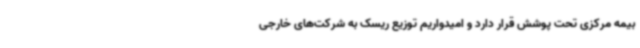
بیمه مرکزی تحت پوشش قرار دارد و امیدواریم توزیع ریسک به شرکت‌های خارجی